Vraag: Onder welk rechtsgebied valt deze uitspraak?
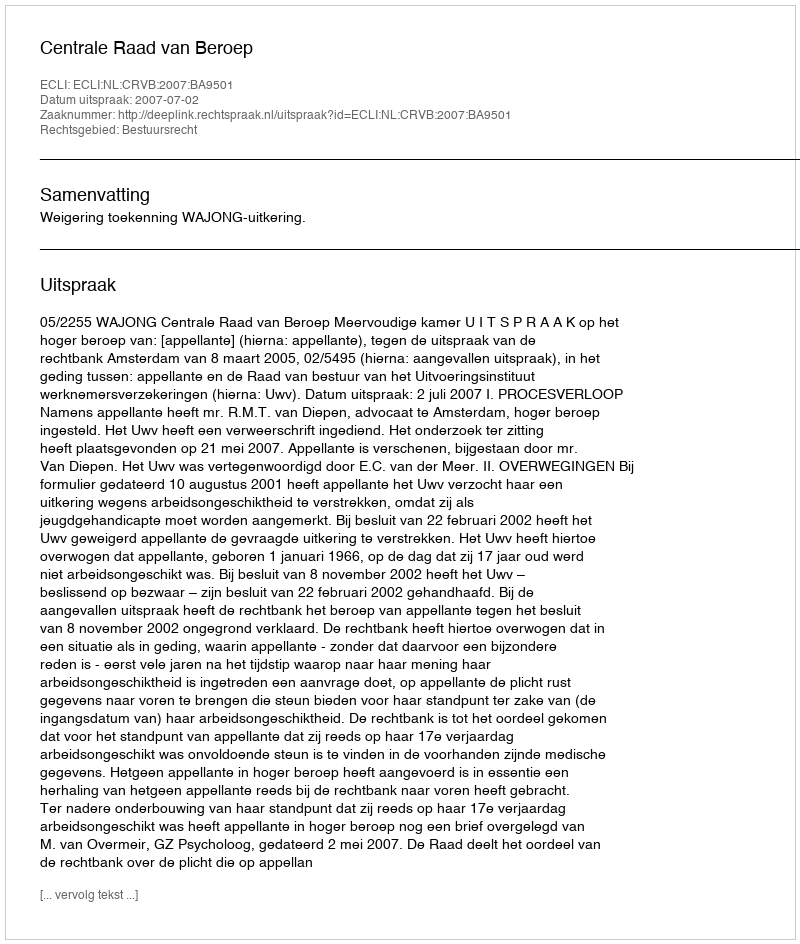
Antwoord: Bestuursrecht